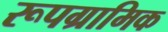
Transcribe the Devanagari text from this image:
रूपग्रामिक